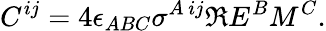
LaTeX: C^{ij}=4\epsilon_{ABC}\sigma^{A\, ij}\Re E^{B}M^{C}.